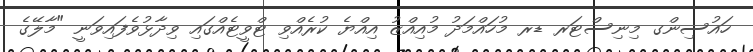
ހައުސިންގ މިނިސްޓަރ ޑރ މުހައްމަދު މުއިއްޒު އިއްޔެ ކުރެއްވި ޓްވީޓެއްގައި ވިދާޅުވެފައިވަނީ "މާލޭގެ